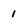
Character: 1